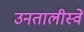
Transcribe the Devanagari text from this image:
उनतालीस्वें